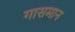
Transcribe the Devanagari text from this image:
गासमान